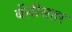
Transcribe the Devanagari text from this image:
बेंसीसहर